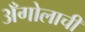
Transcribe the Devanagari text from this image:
अँगोलाची